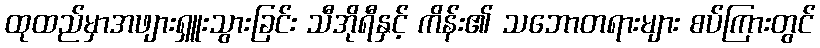
ထုထည်မှာအဖျားရှူးသွားခြင်း သီအိုရီနှင့် ကိန်း၏ သဘောတရားများ စပ်ကြားတွင်